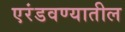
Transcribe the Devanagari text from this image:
एरंडवण्यातील